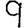
Digit: 9